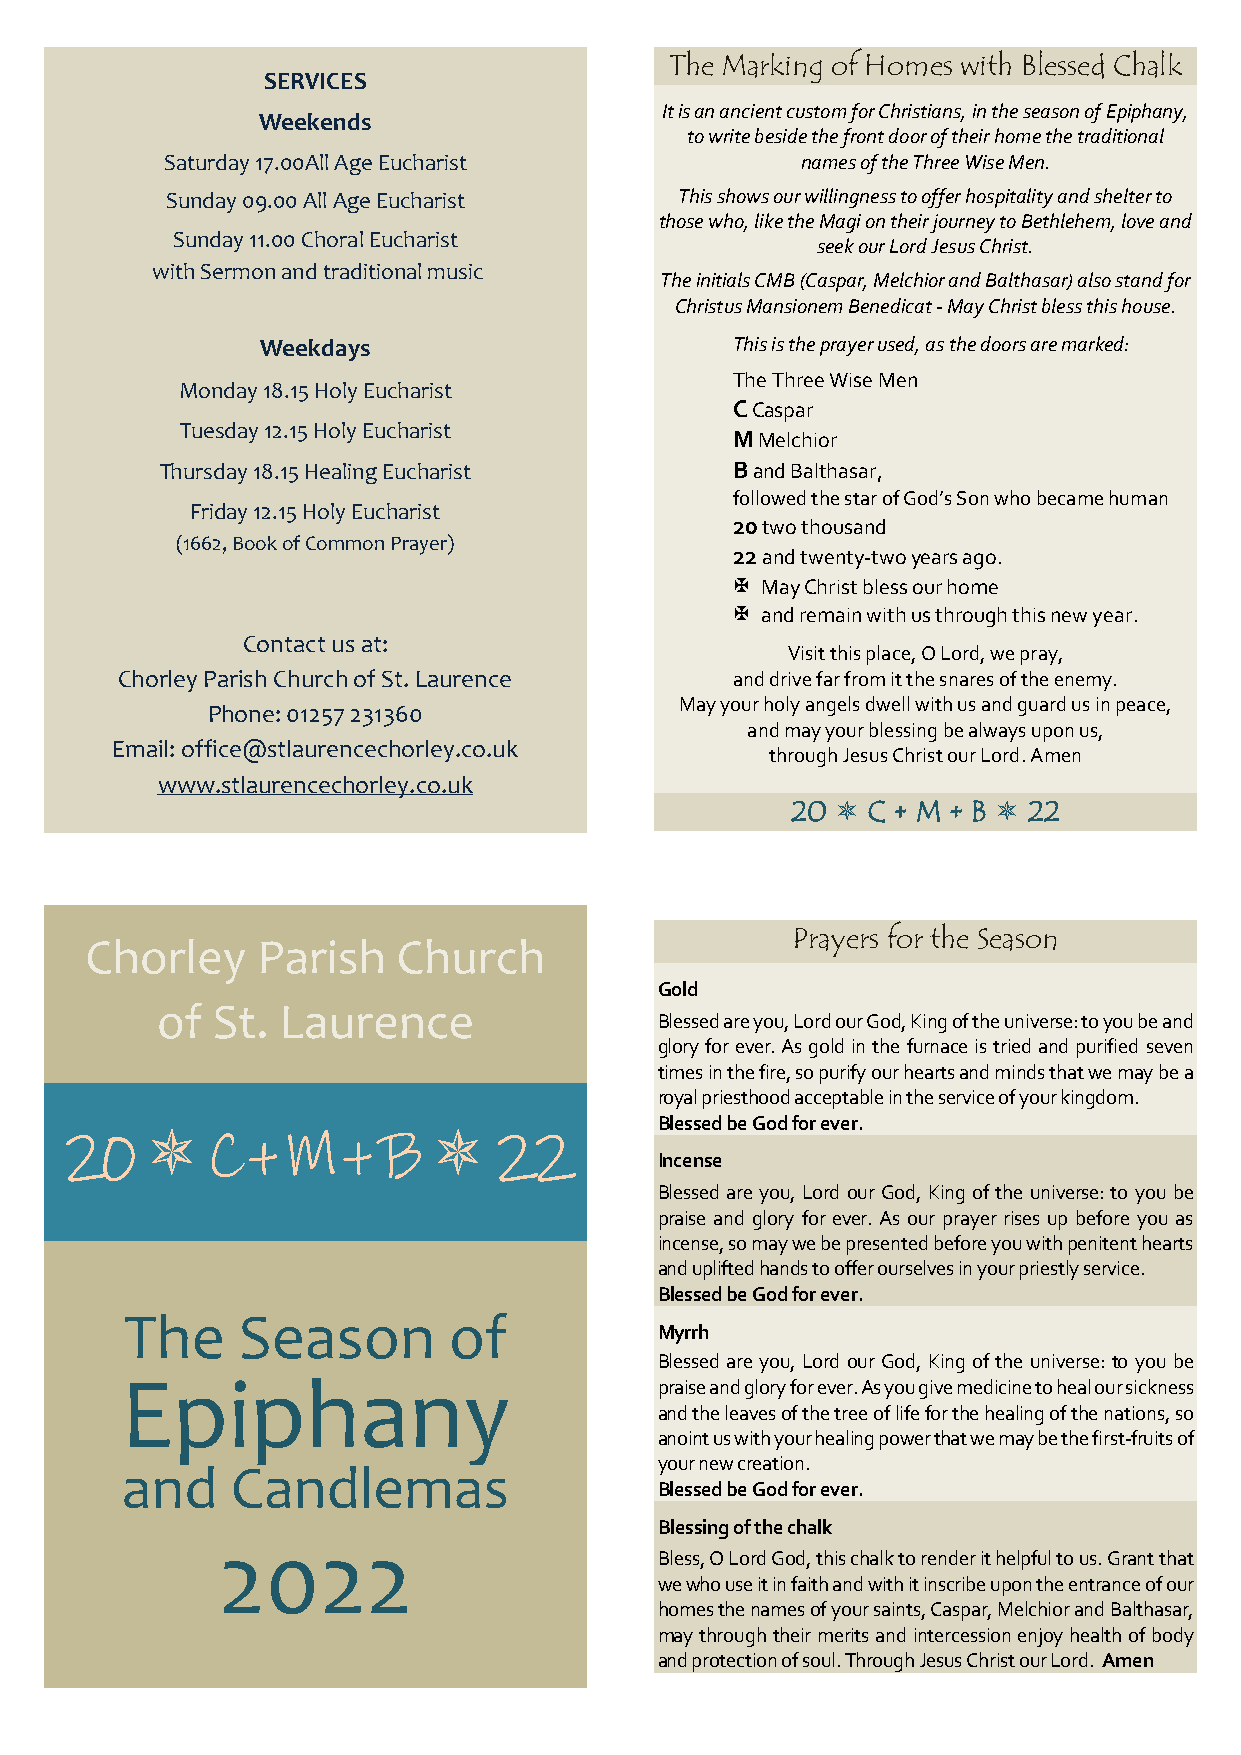
The Marking of Homes with Blessed Chalk
 SERVICES
 It is an ancient custom for Christians, in the season of Epiphany,
 Weekends
 to write beside the front door of their home the traditional
 Saturday 17.00All Age Eucharist           names of the Three Wise Men.
 Sunday 09.00 All Age Eucharist    This shows our willingness to offer hospitality and shelter to
 those who, like the Magi on their journey to Bethlehem, love and
 Sunday 11.00 Choral Eucharist
 seek our Lord Jesus Christ.
 with Sermon and traditional music
 The initials CMB (Caspar, Melchior and Balthasar) also stand for
 Christus Mansionem Benedicat - May Christ bless this house.
 Weekdays                       This is the prayer used, as the doors are marked:
 The Three Wise Men
 Monday 18.15 Holy Eucharist
 C Caspar
 Tuesday 12.15 Holy Eucharist
 M Melchior
 Thursday 18.15 Healing Eucharist     B and Balthasar,
 followed the star of God’s Son who became human
 Friday 12.15 Holy Eucharist
 20 two thousand
 (1662, Book of Common Prayer)
 22 and twenty-two years ago.
  May Christ bless our home
  and remain with us through this new year.
 Contact us at:
 Visit this place, O Lord, we pray,
 Chorley Parish Church of St. Laurence   and drive far from it the snares of the enemy.
 May your holy angels dwell with us and guard us in peace,
 Phone: 01257 231360
 and may your blessing be always upon us,
 Email: office@stlaurencechorley.co.uk
 through Jesus Christ our Lord. Amen
 www.stlaurencechorley.co.uk
 20  C + M + B  22
 Prayers for the Season
 Chorley    Parish   Church
 Gold
 of  St. Laurence
 Blessed are you, Lord our God, King of the universe: to you be and
 glory for ever. As gold in the furnace is tried and purified seven
 times in the fire, so purify our hearts and minds that we may be a
 royal priesthood acceptable in the service of your kingdom.
 Blessed be God for ever.
 20       C +  M   + B      22
 Incense
 Blessed are you, Lord our God, King of the universe: to you be
 praise and glory for ever. As our prayer rises up before you as
 incense, so may we be presented before you with penitent hearts
 and uplifted hands to offer ourselves in your priestly service.
 Blessed be God for ever.
 The     Season        of
 Myrrh
 Blessed are you, Lord our God, King of the universe: to you be
 Epiphany                            praise and glory for ever. As you give medicine to heal our sickness
 and the leaves of the tree of life for the healing of the nations, so
 anoint us with your healing power that we may be the first-fruits of
 your new creation.
 and    Candlemas
 Blessed be God for ever.
 Blessing of the chalk
 2022
 Bless, O Lord God, this chalk to render it helpful to us. Grant that
 we who use it in faith and with it inscribe upon the entrance of our
 homes the names of your saints, Caspar, Melchior and Balthasar,
 may through their merits and intercession enjoy health of body
 and protection of soul. Through Jesus Christ our Lord. Amen